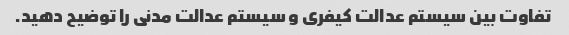
تفاوت بین سیستم عدالت کیفری و سیستم عدالت مدنی را توضیح دهید.